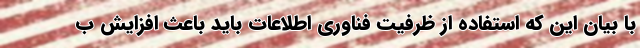
با بیان این که استفاده از ظرفیت فناوری اطلاعات باید باعث افزایش ب